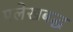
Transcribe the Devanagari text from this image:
प्रलेखबद्ध